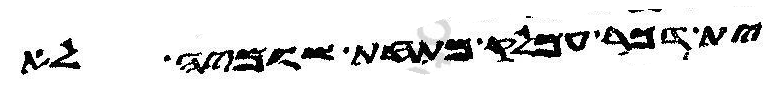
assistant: ית דכר עמלק מתחת שומיה לא